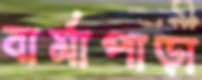
বার্মাপাড়া